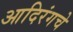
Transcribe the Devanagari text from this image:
आदिरंगचे